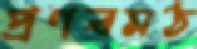
প্রণবমঠ